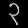
Digit: ၃